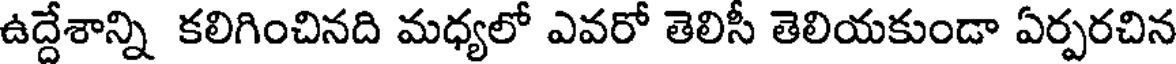
ఉద్దేశాన్ని కలిగించినది మధ్యలో ఎవరో తెలిసీ తెలియకుండా ఏర్పరచిన